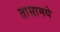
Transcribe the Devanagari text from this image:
तासामधे